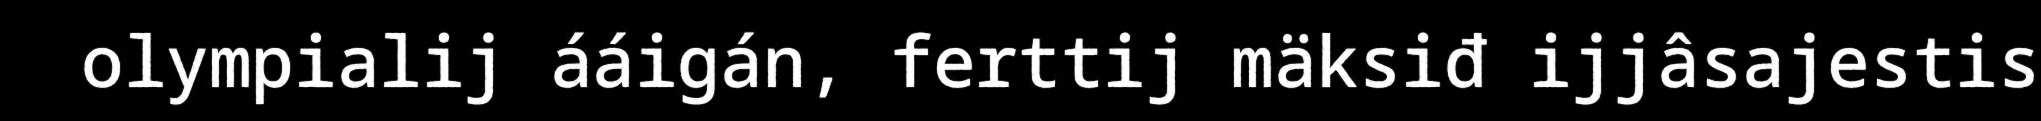
olympialij ááigán, ferttij mäksiđ ijjâsajestis